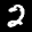
Label: 2